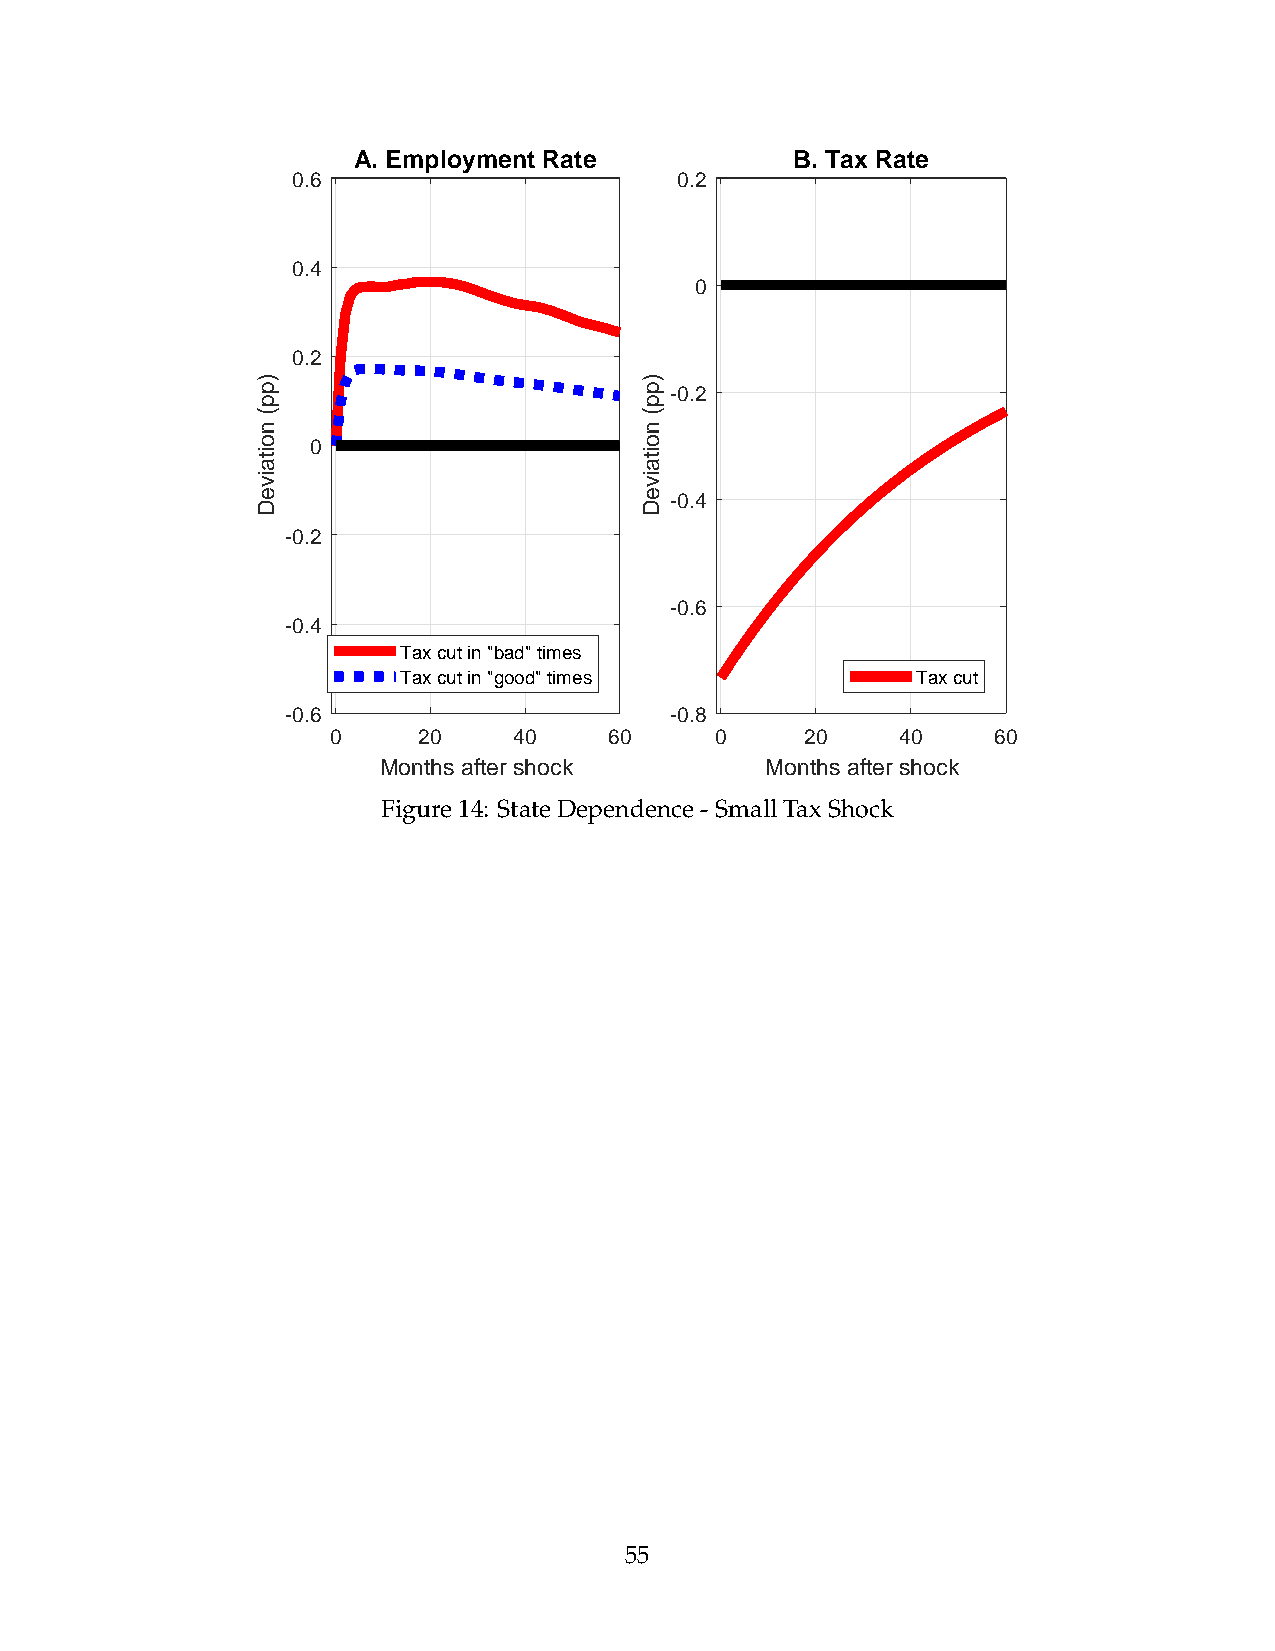
A. Employment Rate           B. Tax Rate
 0.6                       0.2
 0.4
 0
 0.2
 -0.2
 0
 -0.4
 -0.2
 -0.6
 -0.4
 Tax cut in "bad" times
 Tax cut in "good" times           Tax cut
 -0.6                     -0.8
 0     20    40    60     0     20     40    60
 Months after shock        Months after shock
 Figure14: StateDependence-SmallTaxShock
 55
 )pp(
 noitaiveD
 )pp(
 noitaiveD